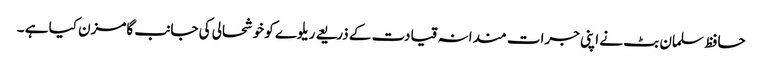
حافظ سلمان بٹ نے اپنی جرات مندانہ قیادت کے ذریعے ریلوے کو خوشحالی کی جانب گامزن کیا ہے ۔